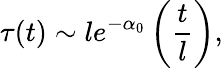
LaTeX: \tau(t)\sim le^{-\alpha_{0}}\left(\frac{t}{l}\right),